Statistical return of the lunatic asylum in Assam - 1912-1932
Year: 1912
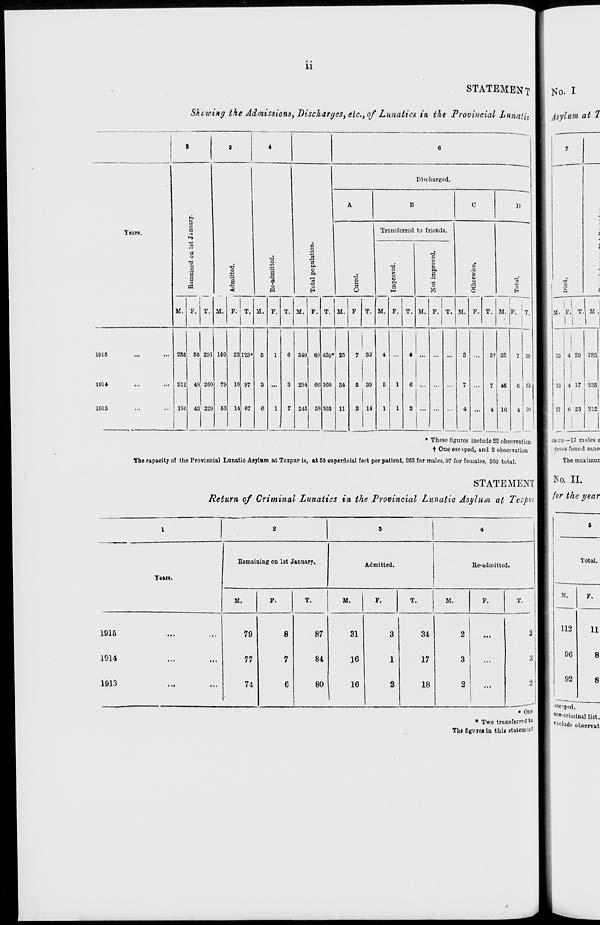
11
Years.
191S
1014
1013
STATEMENT
Sheioing the Admissions, .Discharges, etc., of Lunatics in the Provincial Lunatic
e9
0
a
a
o
73
I
PS
a
T3
Discharged.
a
B
o
0
ft
ft
o
H
B
I)
Transferred to friends.
0
o
M.
ai.
ai. p. T. M.
M.
T.
ft
a
"c
M.
M.
T. M,
T. M.
o
P. T,
235
212
60, 291
48 200
186 43 229
100
79
53
28
IS
14
123*
97
07
340 80 420* 25
294 66
245 58
3G0
303
84
11
7 33
5 39
3 14
4 ' ...
6 ...
.'it 82
46
16
7 39
0 i 62
4 20
• These figures include 22 observation
t One esc »ped, and 2 observation
The capacity of the Provincial Lunatio Asylum at Tezpur is, at 60 superficial feet per patient, 263 for males, 97 for females, 360 total.
STATEMENT
Return of Criminal Lunatics in the Provincial Lunatic Asylum at Tezpni
No. I
Asylum at 2
cases—17 mnles a
cases found sane
The maximun
No. II.
for the year
1
2
3
4
Remaining on 1st January.
Admitted.
Re-admitted.
Tears.
M.
p.
T.
M.
P.
T.
M.
P.
T.
1915
...
...
79
8
87
31
3
34
2
...
2
1914
...
...
77
7
84
16
1
17
3
...
3
1913
■ ••
...
74
6
80
16
1
2
18
2
...
2
Total.
if.
P.
112
11
96
8
92
8
• One
• Two transferred t°
Tho figures in this statement
escipnfl,
"on-criminal list.
**clude observat